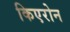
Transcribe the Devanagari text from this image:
किएरोन